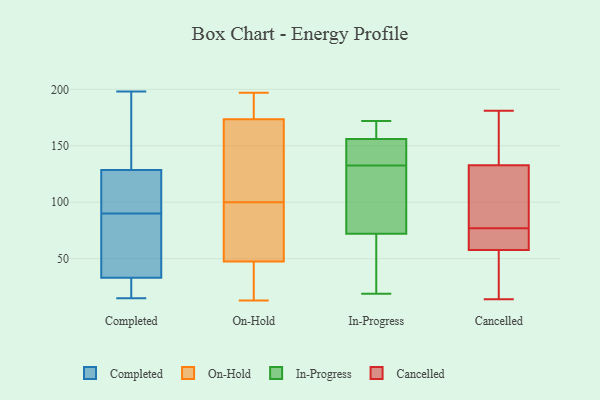
{"axis": {"x": "Bounce Rate (%)", "y": "Value"}, "legend": ["Cancelled", "Completed", "In-Progress", "On-Hold"], "data": [{"x": "", "y": 15, "type": "Completed"}, {"x": "", "y": 184, "type": "Completed"}, {"x": "", "y": 21, "type": "Completed"}, {"x": "", "y": 82, "type": "Completed"}, {"x": "", "y": 118, "type": "Completed"}, {"x": "", "y": 60, "type": "Completed"}, {"x": "", "y": 98, "type": "Completed"}, {"x": "", "y": 198, "type": "Completed"}, {"x": "", "y": 193, "type": "Completed"}, {"x": "", "y": 69, "type": "Completed"}, {"x": "", "y": 121, "type": "Completed"}, {"x": "", "y": 98, "type": "Completed"}, {"x": "", "y": 36, "type": "Completed"}, {"x": "", "y": 72, "type": "Completed"}, {"x": "", "y": 29, "type": "Completed"}, {"x": "", "y": 176, "type": "Completed"}, {"x": "", "y": 102, "type": "Completed"}, {"x": "", "y": 28, "type": "Completed"}, {"x": "", "y": 136, "type": "Completed"}, {"x": "", "y": 30, "type": "Completed"}, {"x": "", "y": 197, "type": "On-Hold"}, {"x": "", "y": 13, "type": "On-Hold"}, {"x": "", "y": 71, "type": "On-Hold"}, {"x": "", "y": 58, "type": "On-Hold"}, {"x": "", "y": 177, "type": "On-Hold"}, {"x": "", "y": 88, "type": "On-Hold"}, {"x": "", "y": 47, "type": "On-Hold"}, {"x": "", "y": 115, "type": "On-Hold"}, {"x": "", "y": 155, "type": "On-Hold"}, {"x": "", "y": 170, "type": "On-Hold"}, {"x": "", "y": 65, "type": "On-Hold"}, {"x": "", "y": 192, "type": "On-Hold"}, {"x": "", "y": 48, "type": "On-Hold"}, {"x": "", "y": 112, "type": "On-Hold"}, {"x": "", "y": 182, "type": "On-Hold"}, {"x": "", "y": 182, "type": "On-Hold"}, {"x": "", "y": 142, "type": "On-Hold"}, {"x": "", "y": 13, "type": "On-Hold"}, {"x": "", "y": 18, "type": "On-Hold"}, {"x": "", "y": 29, "type": "On-Hold"}, {"x": "", "y": 22, "type": "In-Progress"}, {"x": "", "y": 61, "type": "In-Progress"}, {"x": "", "y": 153, "type": "In-Progress"}, {"x": "", "y": 111, "type": "In-Progress"}, {"x": "", "y": 172, "type": "In-Progress"}, {"x": "", "y": 157, "type": "In-Progress"}, {"x": "", "y": 172, "type": "In-Progress"}, {"x": "", "y": 19, "type": "In-Progress"}, {"x": "", "y": 144, "type": "In-Progress"}, {"x": "", "y": 125, "type": "In-Progress"}, {"x": "", "y": 83, "type": "In-Progress"}, {"x": "", "y": 116, "type": "In-Progress"}, {"x": "", "y": 160, "type": "In-Progress"}, {"x": "", "y": 155, "type": "In-Progress"}, {"x": "", "y": 52, "type": "In-Progress"}, {"x": "", "y": 140, "type": "In-Progress"}, {"x": "", "y": 54, "type": "Cancelled"}, {"x": "", "y": 96, "type": "Cancelled"}, {"x": "", "y": 129, "type": "Cancelled"}, {"x": "", "y": 75, "type": "Cancelled"}, {"x": "", "y": 69, "type": "Cancelled"}, {"x": "", "y": 143, "type": "Cancelled"}, {"x": "", "y": 77, "type": "Cancelled"}, {"x": "", "y": 41, "type": "Cancelled"}, {"x": "", "y": 14, "type": "Cancelled"}, {"x": "", "y": 134, "type": "Cancelled"}, {"x": "", "y": 181, "type": "Cancelled"}]}